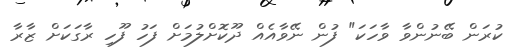
ކުރަން ބޭނުންވާ ވާހަކަ" ފުން ނޭވާއެއް ދޫކޮށްލުމަށް ފަހު ފޫހި ރާގަކަށް ޒާރާ